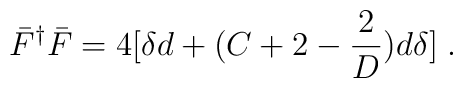
\bar F^\dagger \bar F = 4 [ \delta d + (C + 2 - {2\over D}) d \delta]\; .